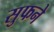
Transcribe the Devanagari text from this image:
सुफने